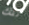
تلك